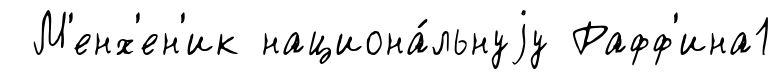
М'енх'ен'ик национа́льнуjу Рафф'ина1